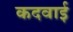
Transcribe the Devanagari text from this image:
कदवाई